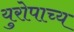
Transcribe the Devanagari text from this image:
युरोपाच्य